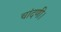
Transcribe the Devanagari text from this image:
चांदणी।